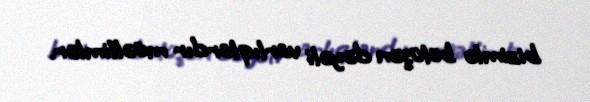
bizimlə bölüşən dəyəli varlıqlardır müəllimlər.